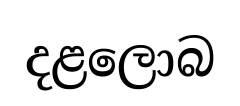
දළලොබ